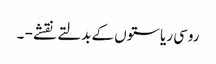
روسی ریاستوں کے بدلتے نقشے - ۔